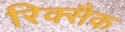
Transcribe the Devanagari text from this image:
रिक्सैक